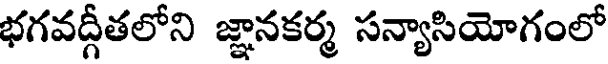
భగవద్గీతలోని జ్ఞానకర్మ సన్యాసియోగంలో